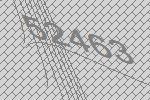
52463